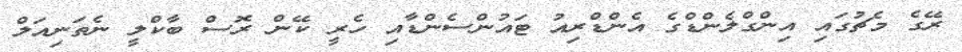
ރޭގެ މެޗުގައި އިންގްލެންޑްގެ އެންޑްރިއު ޓައުންސެންޑާއި ހެރީ ކޭން ރޮސް ބާކްލީ ނެތަނިއަލް